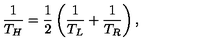
\frac { 1 } { T _ { H } } = \frac { 1 } { 2 } \left( \frac { 1 } { T _ { L } } + \frac { 1 } { T _ { R } } \right) ,